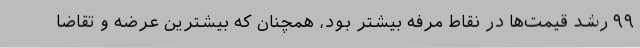
۹۹ رشد قیمت‌ها در نقاط مرفه‌ بیشتر بود، همچنان که بیشترین عرضه و تقاضا